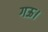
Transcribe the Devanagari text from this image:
गऊ।